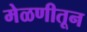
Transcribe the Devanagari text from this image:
मेळणीतून